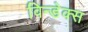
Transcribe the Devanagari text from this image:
विन्डेक्स